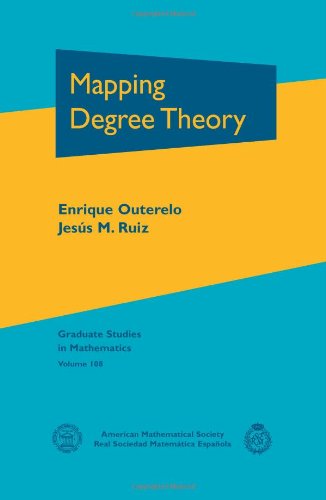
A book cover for Mapping Degree Theory (Graduate Studies in Mathematics); Enrique Outerelo and Jesus M. Ruiz; Science & Math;